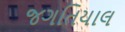
જગતિયાલ